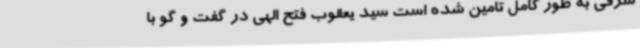
شرقی به طور کامل تامین شده است سید یعقوب فتح الهی در گفت و گو با